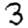
Digit: 3